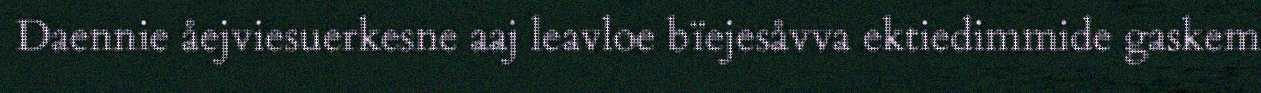
Daennie åejviesuerkesne aaj leavloe bïejesåvva ektiedimmide gaskem